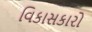
વિકાસકારો